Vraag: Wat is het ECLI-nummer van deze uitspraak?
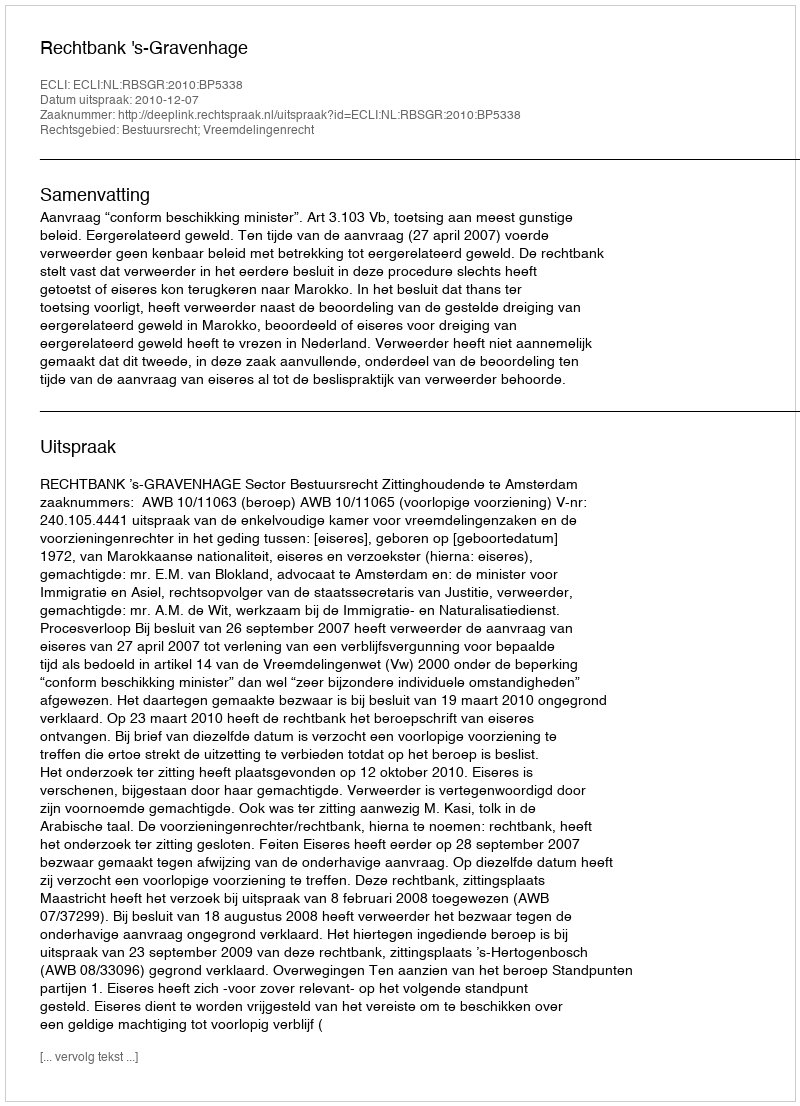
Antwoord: ECLI:NL:RBSGR:2010:BP5338